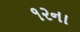
૧૨ના